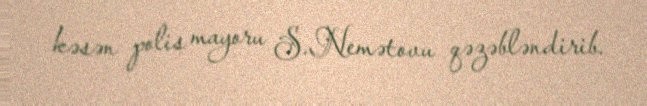
kəsən polis mayoru S.Nemətovu qəzəbləndirib.